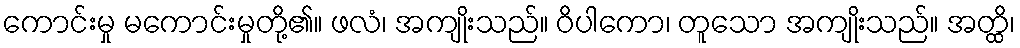
ကောင်းမှု မကောင်းမှုတို့၏။ ဖလံ၊ အကျိုးသည်။ ဝိပါကော၊ တူသော အကျိုးသည်။ အတ္ထိ၊